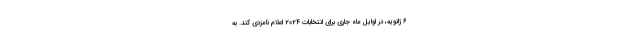
۶ ژانویه، در اوایل ماه جاری برای انتخابات ۲۰۲۴ اعلام نامزدی کند. به